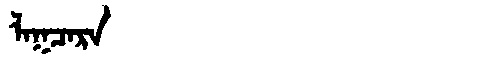
Manchu: ᠯᠠᡴᠴᠠᡵᠠ
Romanization: LAKCARA